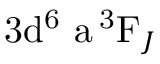
\mathrm { 3 d ^ { 6 } \ a \, ^ { 3 } F } _ { J }